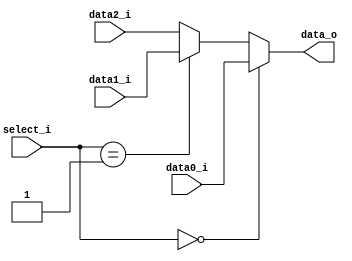
//Writer:      0416021 0416246

module MUX_3to1(
               data0_i,
               data1_i,
					data2_i,
               select_i,
               data_o
               );

parameter size = 0;			   
			
//I/O ports               
input   [size-1:0] data0_i;          
input   [size-1:0] data1_i;
input   [size-1:0] data2_i;
input   [2-1:0]    select_i;
output  [size-1:0] data_o; 

//Internal Signals
reg     [size-1:0] data_o;

//Main function
always@(*)
begin
	if(select_i == 2'b00) data_o = data0_i;
	else if(select_i == 2'b01) data_o = data1_i;
	else data_o = data2_i;
end

endmodule